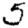
Digit: 5